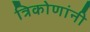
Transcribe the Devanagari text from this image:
त्रिकोणांनी